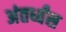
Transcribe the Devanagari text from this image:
अंतर्ध्वंस